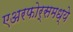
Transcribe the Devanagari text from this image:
एअरफोर्समध्ये